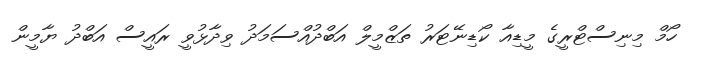
ހޯމް މިނިސްޓްރީގެ މީޑިއާ ކޯޑިނޭޓަރު ތަޒްމީލް އަބްދުއްސަމަދު ވިދާޅުވީ ރައީސް އަބްދު ޔާމީން